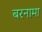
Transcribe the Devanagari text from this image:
बरनामा